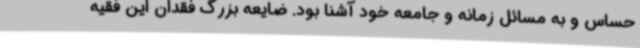
حساس و به مسائل زمانه و جامعه خود آشنا بود. ضایعه بزرگ فقدان این فقیه